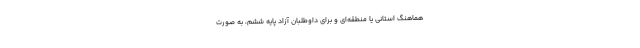
هماهنگ استانی یا منطقه‌ای و برای داوطلبان آزاد پایه ششم، به صورت